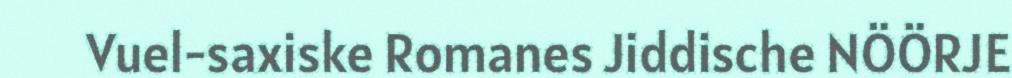
Vuel-saxiske Romanes Jiddische NÖÖRJE